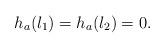
LaTeX: \begin{align*}h_a(l_1)=h_a(l_2)=0.\end{align*}